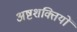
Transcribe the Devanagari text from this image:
अष्टशक्तियों